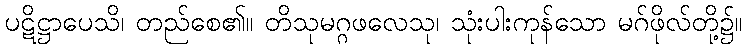
ပဋိဋ္ဌာပေသိ၊ တည်စေ၏။ တိသုမဂ္ဂဖလေသု၊ သုံးပါးကုန်သော မဂ်ဖိုလ်တို့၌။